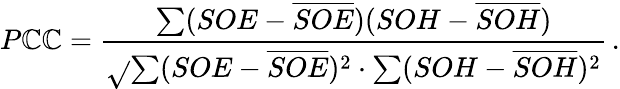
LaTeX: P\mathbb{C}\mathbb{C}=\frac{{\sum(SOE-\overline{{{SOE}}})(SOH-\overline{{{SOH}}})}}{{\sqrt{}{{\sum(SOE-\overline{{{SOE}}})^{2}\cdot\sum(SOH-\overline{{{SOH}}})^{2}}}}}\, .